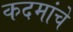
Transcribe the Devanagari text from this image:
कदमांचे